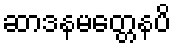
ဆာဒနမတ္တေနပိ